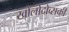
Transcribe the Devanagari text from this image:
खोलोदोव्सकी